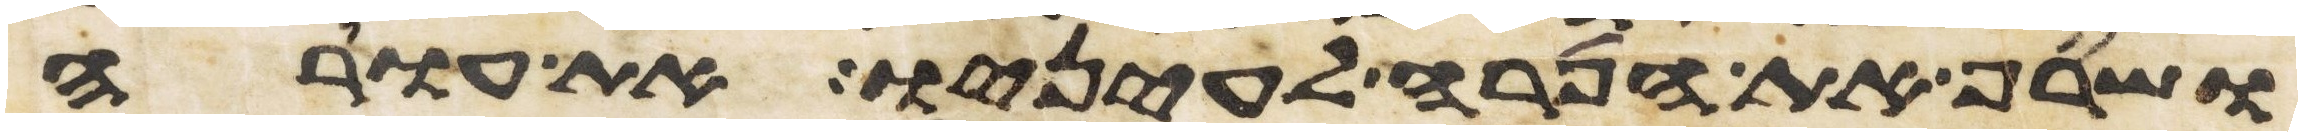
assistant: ושרף את הפרה לעיניו את עורה